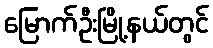
မြောက်ဦးမြို့နယ်တွင်